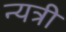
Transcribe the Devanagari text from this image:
न्यत्री